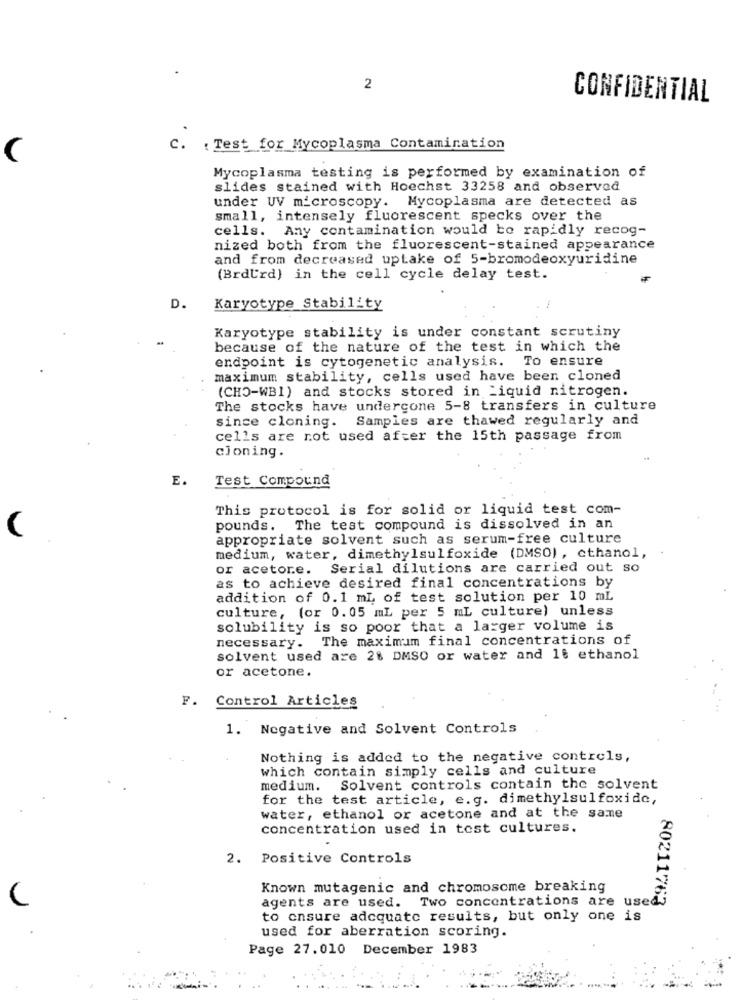
2
CONFIDENTIAL
c.
: Test for Mycoplasma Contamination
Mycoplasma testing is performed by examination of
slides stained with Hoechst 33258 and observed
under UV microscopy. Mycoplasma are detected as
small, intensely fluorescent specks over the
cells. Any contamination would be rapidly recog-
nized both from the fluorescent-stained appearance
and from decreased uptake of 5-bromodeoxyuridine
(BrdUrd) in the cell cycle delay test.
D.
Karyotype Stability
Karyotype stability is under constant scrutiny
because of the nature of the test in which the
endpoint is cytogenetic analysis. To ensure
maximum stability, cells used have been cloned
(CHO-WB1) and stocks stored in Liquid nitrogen.
The stocks have undergone 5-8 transfers in culture
since cloning. Samples are thawed regularly and
cells are not used after the 15th passage from
cioning.
E.
Test Compound
This protocol is for solid or liquid test com-
pounds. The test compound is dissolved in an
appropriate solvent such as serum-free culture
medium, water, dimethylsulfoxide (DMSO) , ethanol,
or acetore. Serial dilutions are carried out so
as to achieve desired final concentrations by
addition of 0.1 mL of test solution per 10 mL
culture, (or 0.05 mL per 5 mL culture) unless
solubility is so poor that a larger volume is
necessary. The maximum final concentrations of
solvent used are 2% DMSO or water and 18 ethanol
or acetone.
F. Control Articles
1. Negative and Solvent Controls
Nothing is added to the negative controls,
which contain simply cells and culture
medium. Solvent controls contain the solvent
for the test article, e.g. dimethylsulfoxide,
water, ethanol or acetone and at the same
concentration used in test cultures.
2. Positive Controls
Known mutagenic and chromosome breaking
agents are used. Two concentrations are used
80211763
to ensure adequate results, but only one is
used for aberration scoring.
Page 27.010 December 1983